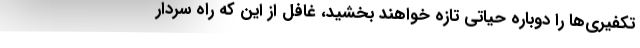
تکفیری‌ها را دوباره حیاتی تازه خواهند بخشید، غافل از این که راه سردار